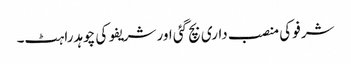
شرفو کی منصب داری بچ گئی اور شریفو کی چوہدراہٹ۔